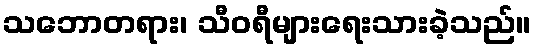
သဘောတရား၊ သီဝရီများရေးသားခဲ့သည်။